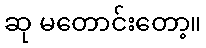
ဆု မတောင်းတော့။